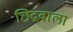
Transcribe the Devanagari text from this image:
छिद्रवाला